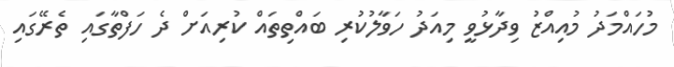
މުހައްމަދު މުއިއްޒު ވިދާޅުވީ މިއަދު ހަވާލުކުރި ބައްތިތައް ކުރިއަށް ދެ ހަފްތާގައި ތެރޭގައި